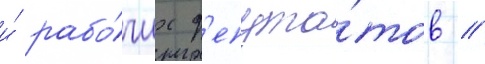
и́ рабо́чих д'епута́тов /